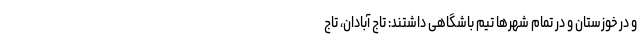
و در خوزستان و در تمام شهرها تیم باشگاهی داشتند: تاج آبادان، تاج